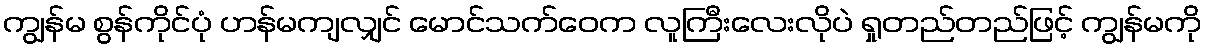
ကျွန်မ စွန်ကိုင်ပုံ ဟန်မကျလျှင် မောင်သက်ဝေက လူကြီးလေးလိုပဲ ရှုတည်တည်ဖြင့် ကျွန်မကို